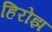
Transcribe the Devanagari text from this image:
हिरोझ